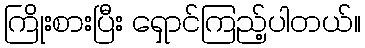
ကြိုးစားပြီး ရှောင်ကြည့်ပါတယ်။